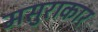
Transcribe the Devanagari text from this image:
मसुराकार